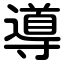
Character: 導